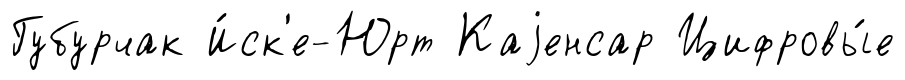
Губурчак И́ск'е-Юрт Каjенсар Цифровы́е